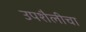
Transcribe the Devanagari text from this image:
उपशैलीचा